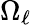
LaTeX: \Omega_{\ell}